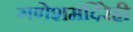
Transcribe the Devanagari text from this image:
गणेशमंदिरेही